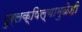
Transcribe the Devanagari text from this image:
दुर्लक्षिल्यामुळेही